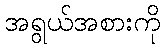
အရွယ်အစားကို